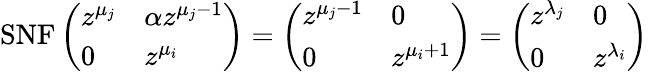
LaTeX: \mathrm{SNF}\left(\begin{array}{ll}{z^{\mu_{j}}}&{\alpha z^{\mu_{j}-1}}\\ {0}&{z^{\mu_{i}}}\end{array}\right)=\left(\begin{array}{ll}{z^{\mu_{j}-1}}&{0}\\ {0}&{z^{\mu_{i}+1}}\end{array}\right)=\left(\begin{array}{ll}{z^{\lambda_{j}}}&{0}\\ {0}&{z^{\lambda_{i}}}\end{array}\right)\,